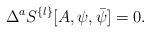
LaTeX: \begin{align*} \Delta^a S^{\{l\}}[A,\psi,\bar\psi] = 0.\end{align*}